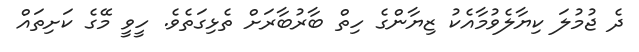
ދެ ޖުމުލަ ކިޔާލެވުމާއެކު ޒިޔާންގެ ހިތް ބާރުބާރަށް ތެޅިގަތެވެ. ހީވީ މޭގެ ކަށިތައް